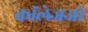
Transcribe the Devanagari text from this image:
कॉलेजओ